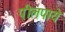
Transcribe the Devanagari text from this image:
पीलपाये